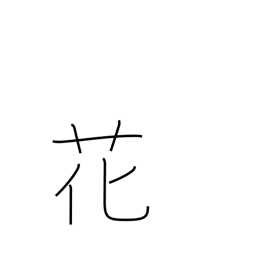
Meaning: flower